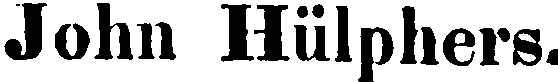
John Hülphers.